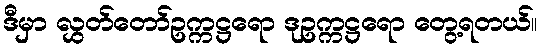
ဒီမှာ လွှတ်တော်ဥက္ကဋ္ဌရော ဒုဥက္ကဋ္ဌရော တွေ့ရတယ်။